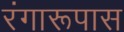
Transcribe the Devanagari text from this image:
रंगारूपास